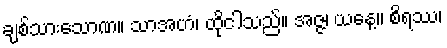
ချစ်သားသောဏ။ သာအဟံ၊ ထိုငါသည်။ အဇ္ဇ၊ ယနေ့။ စိရဿ၊